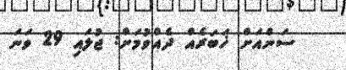
ސަންއަށް ޚަބަރެއް ދެއްވުމަށް: ޖުލައި 29 ވަނަ